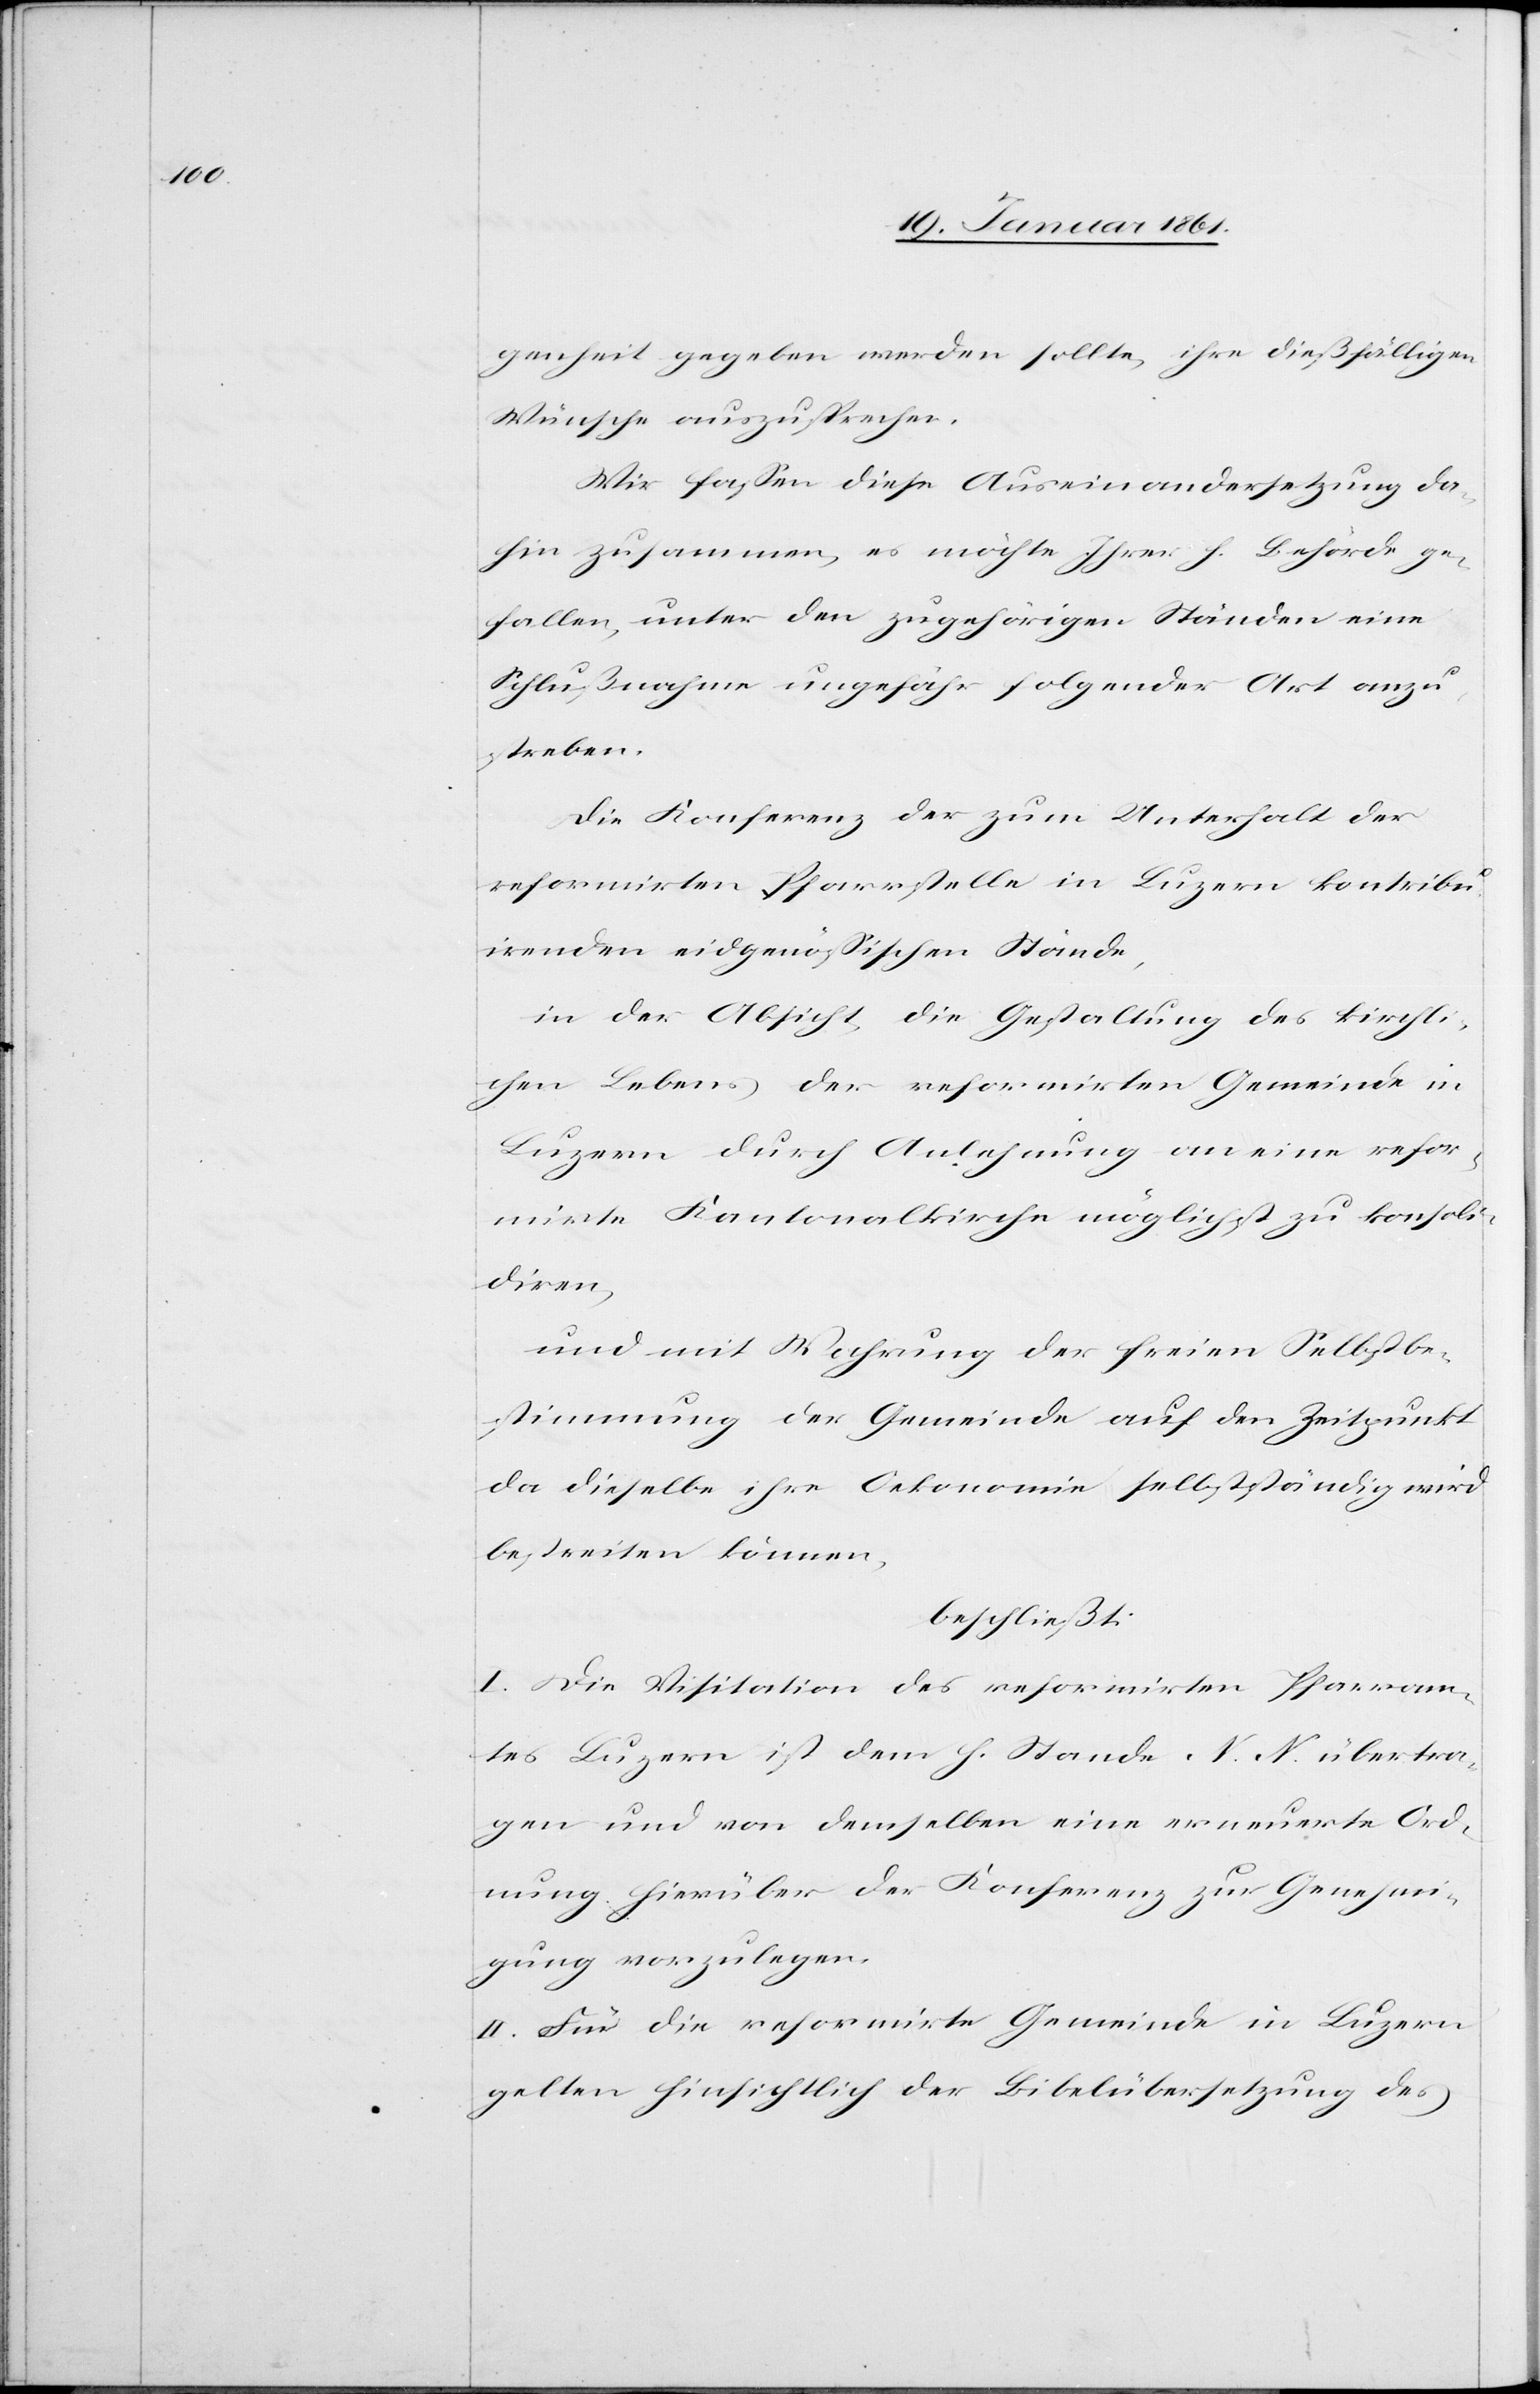
genheit gegeben werden sollte, ihre dießfälligen
Wünsche auszusprechen.
Wir fassen diese Auseinandersetzung da¬
hin zusammen, es möchte Ihrer h. Behörde ge¬
fallen, unter den zugehörigen Ständen eine
Schlußnahme ungefähr folgender Art anzu¬
streben.
Die Konferenz der zum Unterhalt der
reformirten Pfarrstelle in Luzern kontribu¬
irenden eidgenössischen Stände,
in der Absicht, die Gestaltung des kirchl¬
ichen Lebens der reformirten Gemeinde in
Luzern durch Anlehnung an eine refor¬
mirte Kantonalkirche möglichst zu konsoli¬
diren,
und mit Wahrung der freien Selbstbe¬
stimmung der Gemeinde auf den Zeitpunkt
da dieselbe ihre Oekonomie selbstständig wird
bestreiten können,
beschließt:
I. Die Visitation des reformirten Pfarram¬
tes Luzern ist dem h. Stande N. N. übertra¬
gen und von demselben eine erneuerte Ord¬
nung hierüber der Konferenz zur Genehmi¬
gung vorzulegen.
II. Für die reformirte Gemeinde in Luzern
gelten hinsichtlich der Bibelübersetzung[,] des